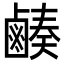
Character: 𪉮